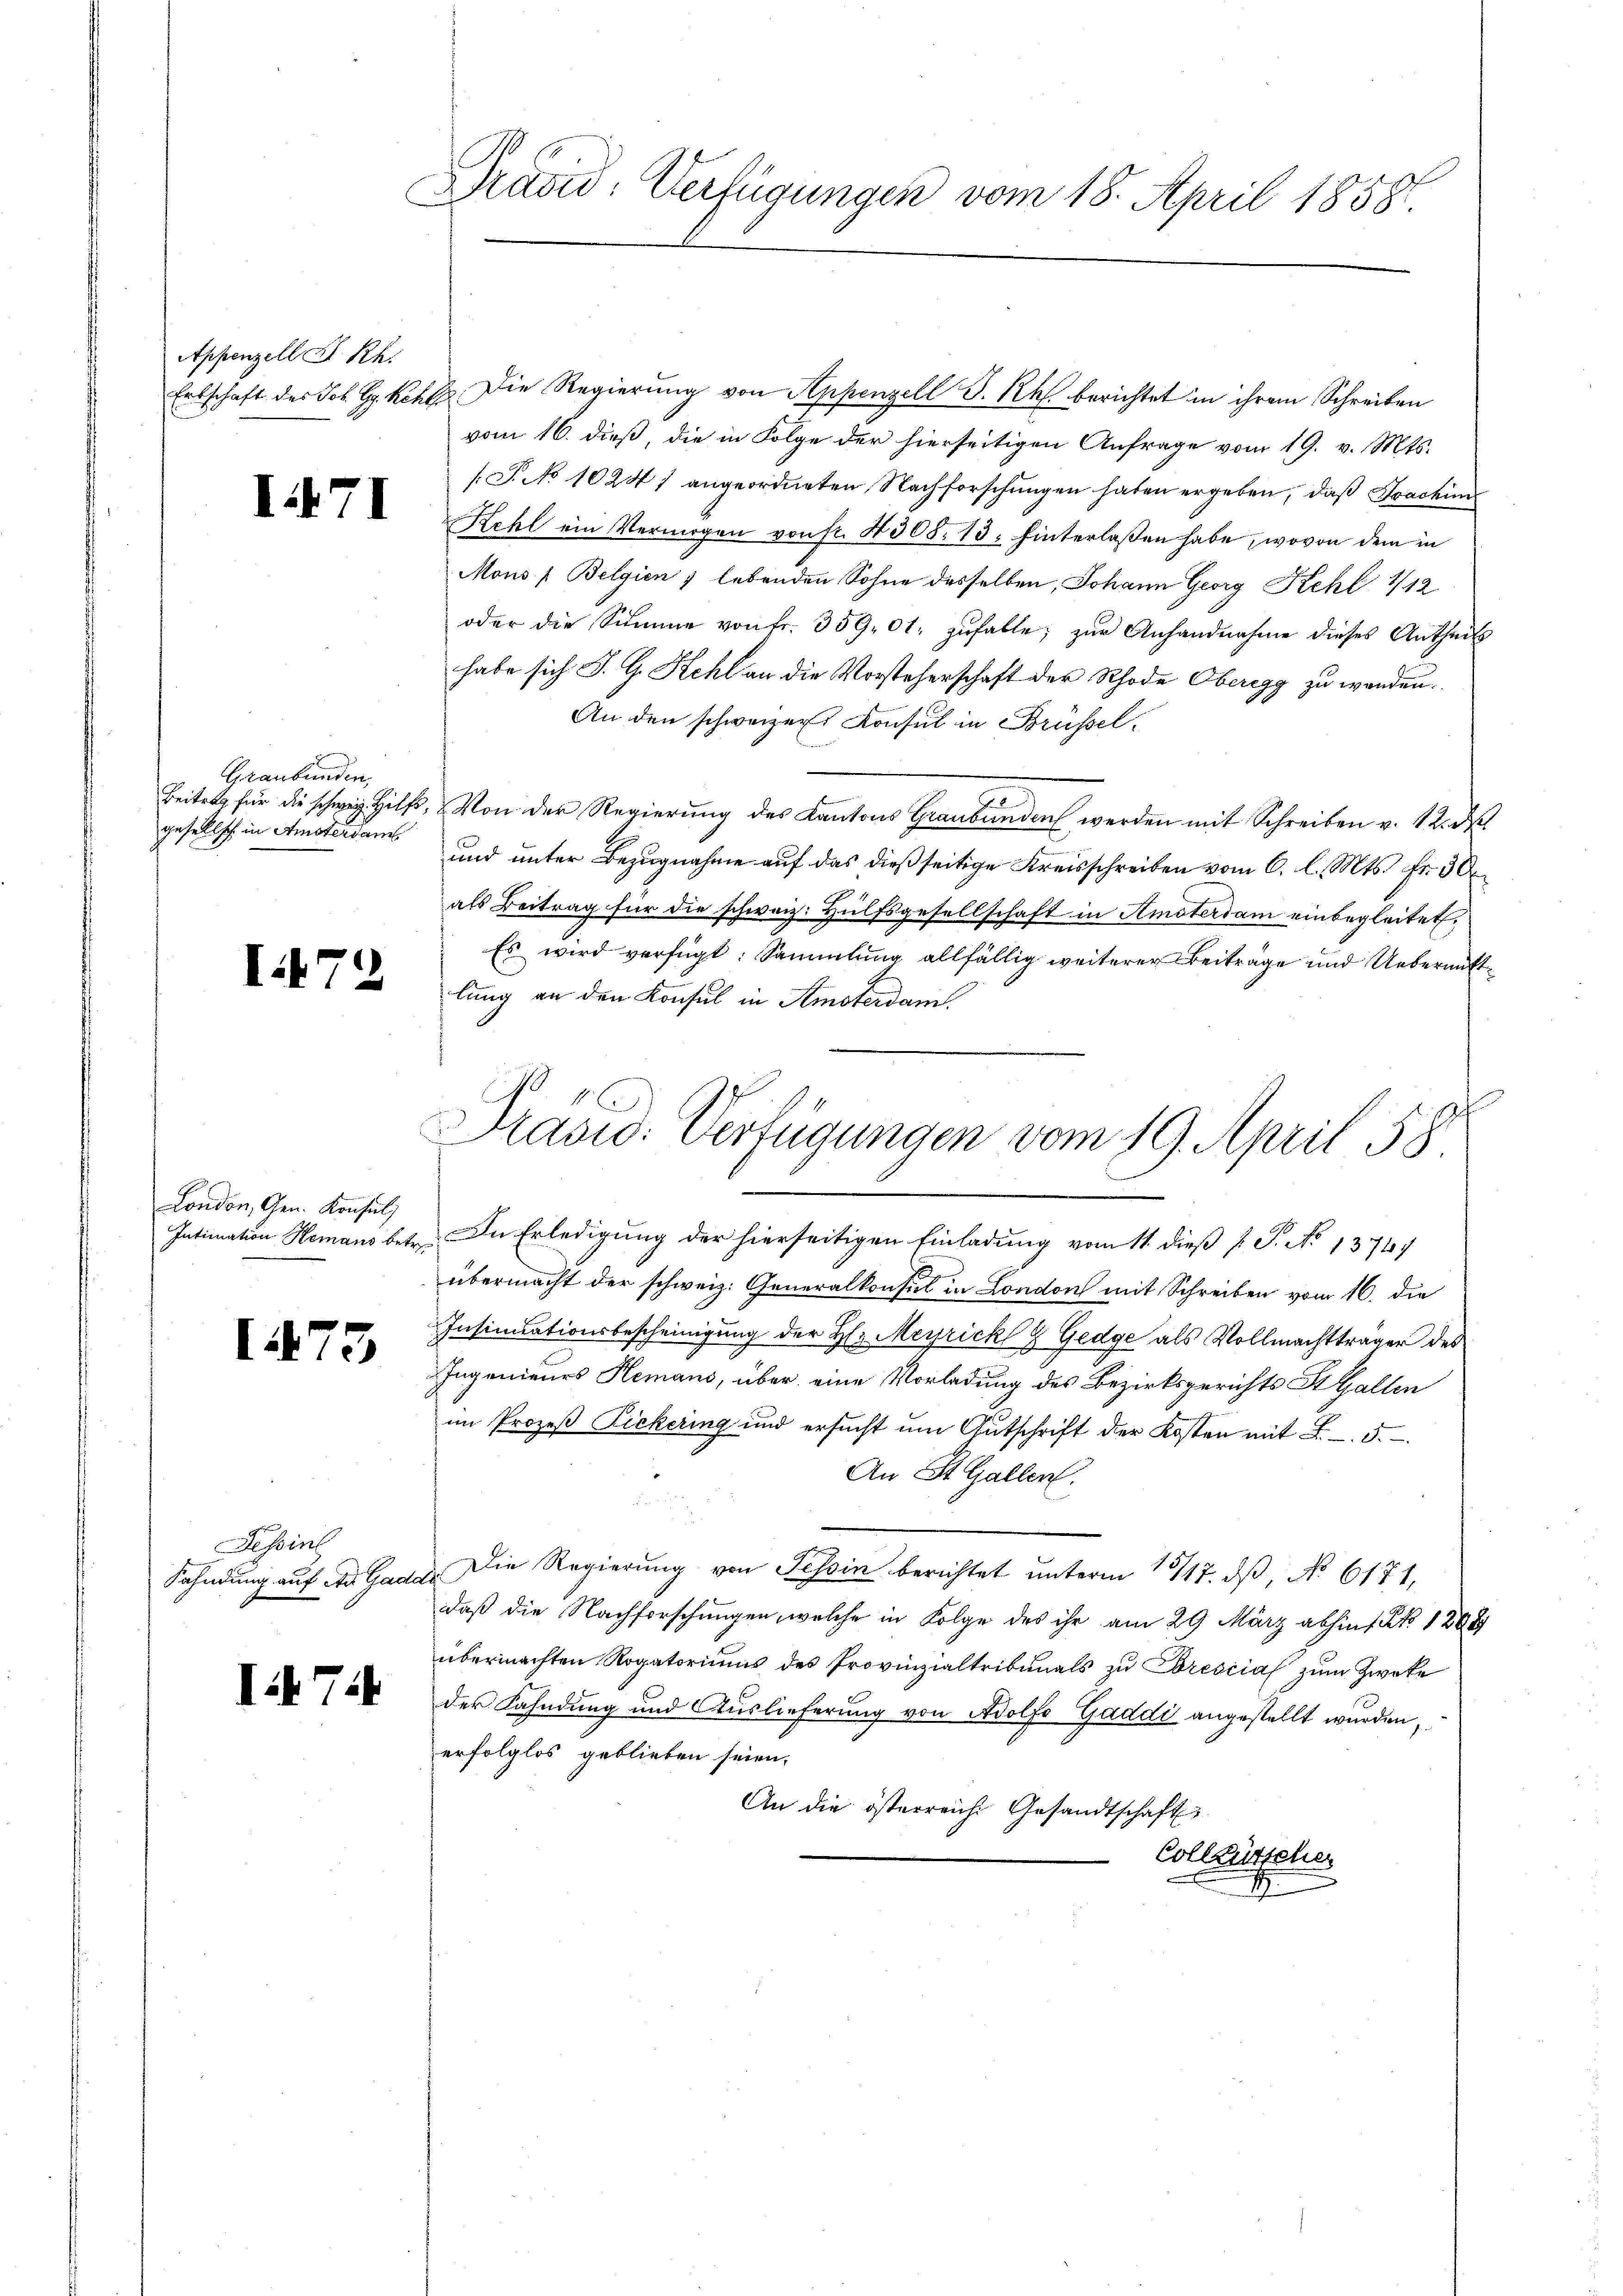
Appenzell A. Rh.

I.1

71

Graubünden,
gesellsch in Amsterdam

I472

London, Gen. Konsul
Intimation Hemans betr.

I475

Tessin
Fahndung auf Art. Gadd

III 714

Grand Verfügungen vom 18. April 1858.

Ertschaft des Joh. Gs. kehl. Die Regierŭng von Appenzell S. Rh. berichtet in ihrem Schreiben
vom 16. dieß, die in Folge der hierseitigen Anfrage vom 19. v. Mts.
/. P. No 1024 1 angeordneten Nachforschungen haben ergeben, daß Joachim
Kehl ein Vermögen von fr. 4505. 13: hinterlaßen habe, wovon dem in
Mons (Belgien 7 lebenden Sohne desselben, Johann Georg Kehl 1/12
oder die Summe von fr. 359. 01. zufalle, zŭr Anhandnahme dieses Antheils
habe sich J. G. Kehl an die Vorsteherschaft der Rhode Oberegg zu wanden.
An den schweizer Konsul in Brüssel
beitet für die schweiz Hilf, von der Regierŭng des Kantons Graubünden werden mit Schreiben v. 12. d.
und unter Bezugnahme auf das dießseitige Kreisschreiben vom 6. l. Mts. fr. 30
als Beitrag für die schweiz. Hülfsgesellschaft in Amsterdam einbegleitet,
Es wird verfügt: Sammlung allfällig weiterer Beiträge und Uebermittlung an den Konsul in Amsterdam.
Prävid: Verfügungen vom 19. April 58
.
.
In Erledigung der hierseitigen Einladung vom 11. dieß P. J. No 1374.
übermacht der schweiz. Generalkonsul in London mit Schreiben vom 16. die
Insinuationsbescheinigung der H. Meyrickl 9 Gedge als Vollmachtträger des
Ingenieurs Hemans, über eine Vorladung des Bezirksgerichts St. Gallen
im Prozeβ Zickering und ersŭcht ŭm Gŭtschrift der Kosten mit 5. 5.
An St. Gallen.
Die Regierung von Tessin berichtet unterm 13/17. dβ, No 6171,
daß die Nachforschungen, welche in Folge des ihr am 29 März abhin Z 1808
übermachten Rogatoriums des Provinzialtribunals zu Drescial zum Zweke
der Fahndung und Auslieferung von Adolfo Gaddi angestellt wurden,
erfolglos geblieben seien.
An die österreiche Gesandtschaft
Collerischer